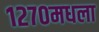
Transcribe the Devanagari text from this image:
१२७०मधला